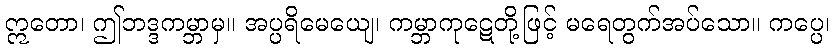
ဣတော၊ ဤဘဒ္ဒကမ္ဘာမှ။ အပ္ပရိမေယျေ၊ ကမ္ဘာကုဋေတို့ဖြင့် မရေတွက်အပ်သော။ ကပ္ပေ၊